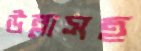
উল্লাসহ